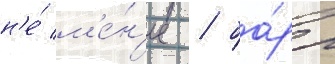
н'е́ м'е́н'ее / ба́рр